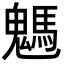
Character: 𩥢